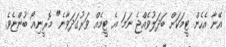
އޭނާ އެހެން ޓީމަކަށް ބަދަލުވެއްޖެ ނަމަ އެ ޓީމެއް ވަރުގަދަވާނެ" މޮރީނިއޯ ބުންޏެވެ.